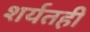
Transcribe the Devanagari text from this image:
शर्यतही